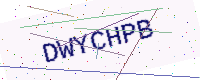
Text: DWYCHPB